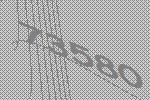
73580